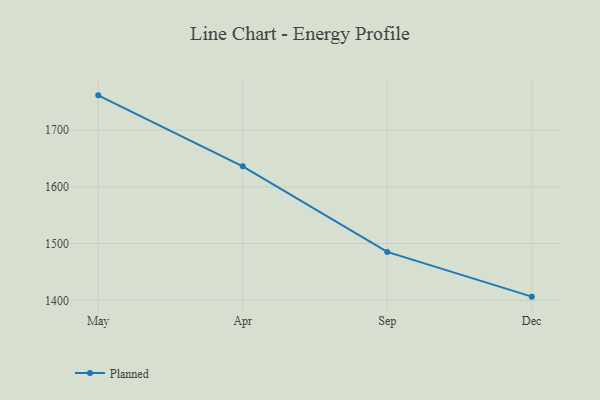
{"axis": {"x": "Month", "y": "Headcount"}, "legend": ["Planned"], "data": [{"x": "May", "y": 1760.9, "type": "Planned"}, {"x": "Apr", "y": 1636.0, "type": "Planned"}, {"x": "Sep", "y": 1485.2, "type": "Planned"}, {"x": "Dec", "y": 1406.5, "type": "Planned"}]}